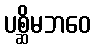
ပစ္ဆိမဘဝေ